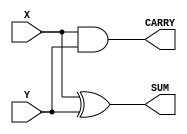
//Design
module Half_Adder (
  output wire SUM, CARRY,
  input wire X, Y
);
  xor(SUM, X, Y);
  and(CARRY, X, Y);
endmodule

//Test bench
`timescale 10ns/1ps
module tb_half_adder;
// Input  
  reg X, Y;
// Output  
  wire SUM, CARRY;
// DUT instantiation
  Half_Adder u_Half_Adder(
    .SUM	(SUM),
    .CARRY	(CARRY),
    .X	(X),
    .Y	(Y)
  );
// Simulations
  initial
    begin
      X = 0; Y = 0;
      #5;
      X = 0; Y = 1;
      #5;
      X = 1; Y = 0;
      #5;
      X = 1; Y = 1;
      #5;
      $finish;
    end
endmodule